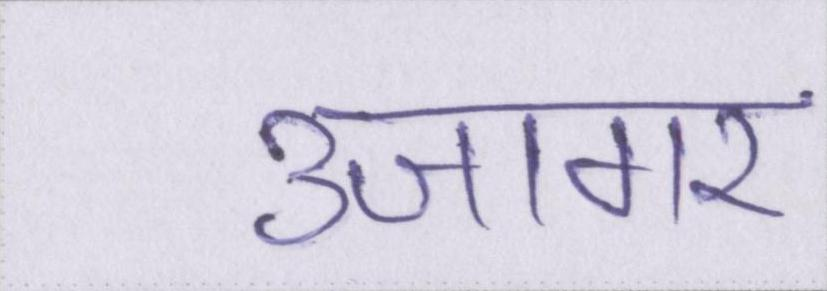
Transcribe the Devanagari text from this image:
उजागर